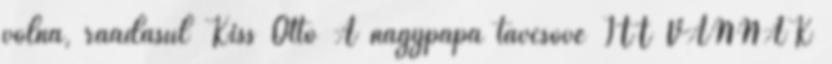
volna, ráadásul Kiss Ottó A nagypapa távcsöve ITT VANNAK